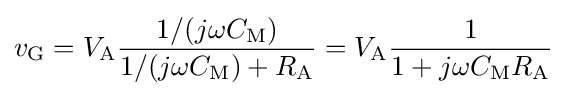
v_{\mathrm {G} }=V_{\mathrm {A} }{\frac {1/(j\omega C_{\mathrm {M} })}{1/(j\omega C_{\mathrm {M} })+R_{\mathrm {A} }}}=V_{\mathrm {A} }{\frac {1}{1+j\omega C_{\mathrm {M} }R_{\mathrm {A} }}}